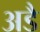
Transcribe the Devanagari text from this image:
अडै